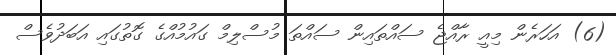
(6) އަހަރެން މިއީ ރާއްޖެ ސައްތައިން ސައްތަ މުސްލިމް ގައުމުއްގެ ގޮތުގައި އަބަދުވެސް